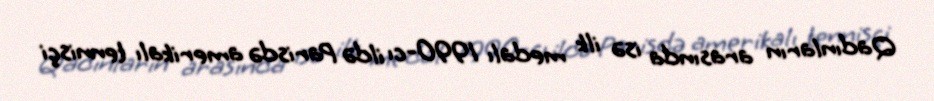
Qadınların arasında isə ilk medalı 1990-cı ildə Parisdə amerikalı tennisçi